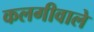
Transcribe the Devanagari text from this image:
कलगीवाले